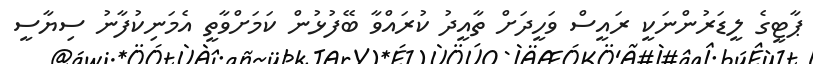
ޕާޓީގެ ލީޑަރުންނަކީ ރައީސް ވަހީދަށް ތާއީދު ކުރައްވާ ބޭފުޅުން ކަމަށްވާތީ އެމަނިކުފާނު ސިޔާސީ